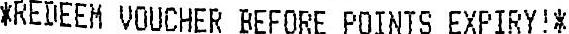
*REDEEM VOUCHER BEFORE POINTS EXPIRY!*